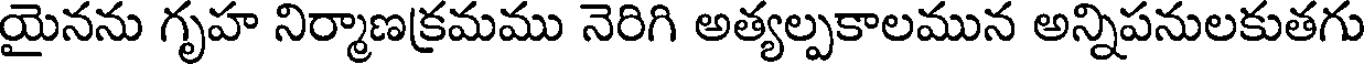
యైనను గృహ నిర్మాణక్రమము నెరిగి అత్యల్పకాలమున అన్నిపనులకుతగు